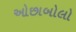
ઓછાબોલો